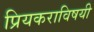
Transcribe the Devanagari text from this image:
प्रियकराविषयी